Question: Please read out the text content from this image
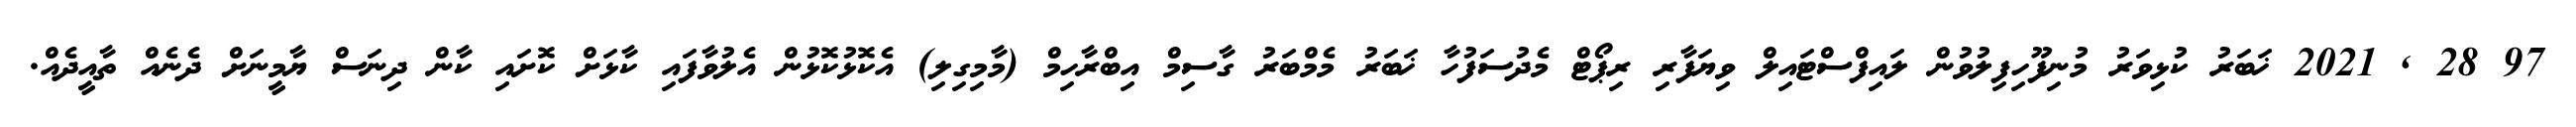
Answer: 97 28 , 2021 ޚަބަރު ކުޅިވަރު މުނިފޫހިފިލުވުން ލައިފްސްޓައިލް ވިޔަފާރި ރިޕޯޓް މެދުސަފުހާ ޚަބަރު މެމްބަރު ގާސިމް އިބްރާހިމް (މާމިގިލި) އެކޮޅުކޮޅުން އެލުވާފައި ކާޅަށް ކޮށައި ކާން ދިނަސް ޔާމީނަށް ދެނެއް ތާއީދެއް.